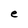
Character: e